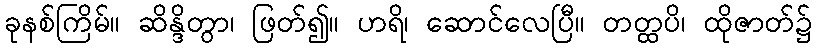
ခုနစ်ကြိမ်။ ဆိန္ဒိတွာ၊ ဖြတ်၍။ ဟရိ၊ ဆောင်လေပြီ။ တတ္ထပိ၊ ထိုဇာတ်၌